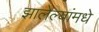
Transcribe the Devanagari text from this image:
झालेल्यांमधे